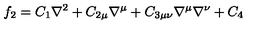
f _ { 2 } = C _ { 1 } \nabla ^ { 2 } + C _ { 2 \mu } \nabla ^ { \mu } + C _ { 3 \mu \nu } \nabla ^ { \mu } \nabla ^ { \nu } + C _ { 4 }